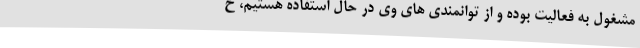
مشغول به فعالیت بوده و از توانمندی های وی در حال استفاده هستیم، خ